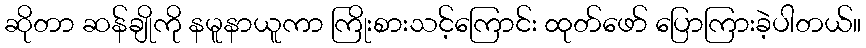
ဆိုတာ ဆန်ချိုကို နမူနာယူကာ ကြိုးစားသင့်ကြောင်း ထုတ်ဖော် ပြောကြားခဲ့ပါတယ်။